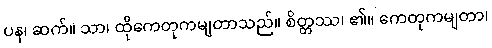
ပန၊ ဆက်။ သာ၊ ထိုကေတုကမျတာသည်။ စိတ္တဿ၊ ၏။ ကေတုကမျတာ၊